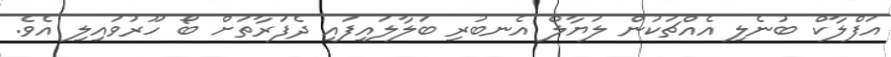
އަފްލާކް ބުނެލި އެއްޗަކުން ލަޔާލް އެނބުރި ބަލާލައިފައި ދެފަރާތަށް ބޯ ހޫރުވައިލި އެވެ.